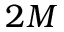
2 M